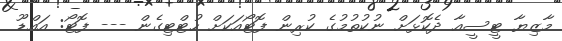
މާޒިޔާ ޓީސީއާ ދެކޮޅަށް ނުކުތުމުގެ ކުރިން ފޮޓޯއަކަށް ހުޓްޓިގެން --- ފޮޓޯ: އައްޑޫ